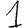
Digit: 1